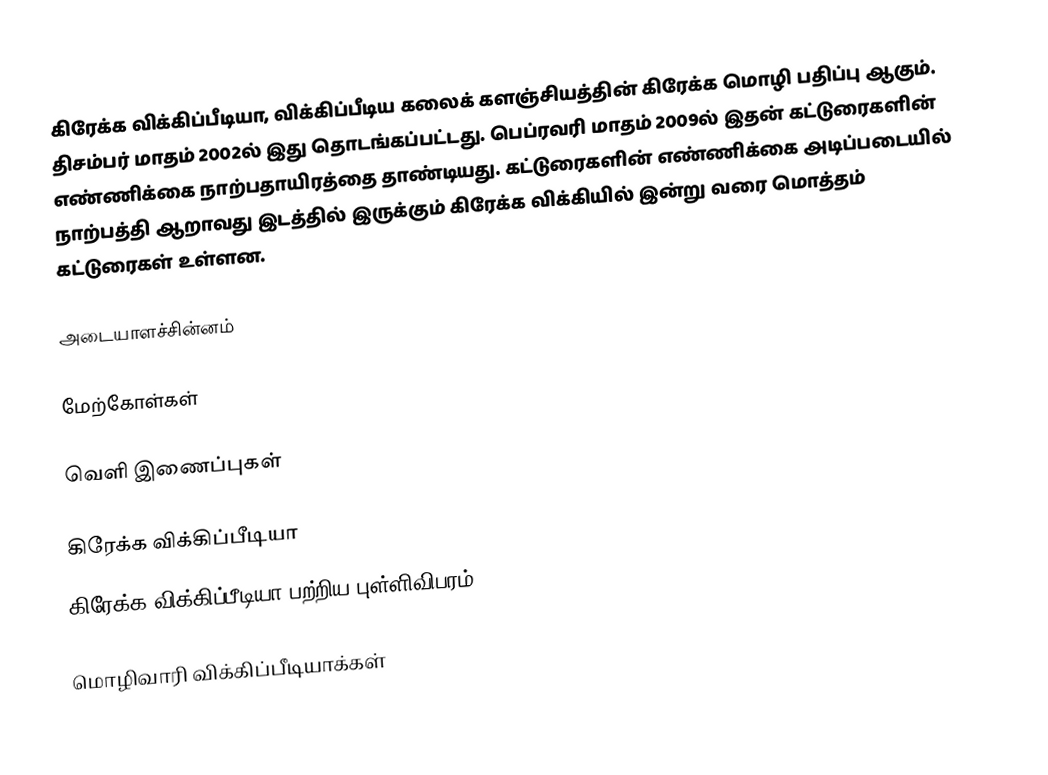
கிரேக்க விக்கிப்பீடியா, விக்கிப்பீடிய கலைக் களஞ்சியத்தின் கிரேக்க மொழி பதிப்பு ஆகும். திசம்பர் மாதம் 2002ல் இது தொடங்கப்பட்டது. பெப்ரவரி மாதம் 2009ல் இதன் கட்டுரைகளின் எண்ணிக்கை நாற்பதாயிரத்தை தாண்டியது. கட்டுரைகளின் எண்ணிக்கை அடிப்படையில் நாற்பத்தி ஆறாவது இடத்தில் இருக்கும் கிரேக்க விக்கியில் இன்று வரை மொத்தம் கட்டுரைகள் உள்ளன.

அடையாளச்சின்னம்

மேற்கோள்கள்

வெளி இணைப்புகள்

கிரேக்க விக்கிப்பீடியா
கிரேக்க விக்கிப்பீடியா பற்றிய புள்ளிவிபரம்

மொழிவாரி விக்கிப்பீடியாக்கள்